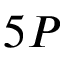
5 P